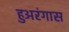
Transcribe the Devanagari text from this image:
हुअरंगास